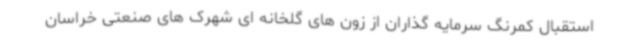
استقبال کمرنگ سرمایه گذاران از زون های گلخانه ای شهرک های صنعتی خراسان